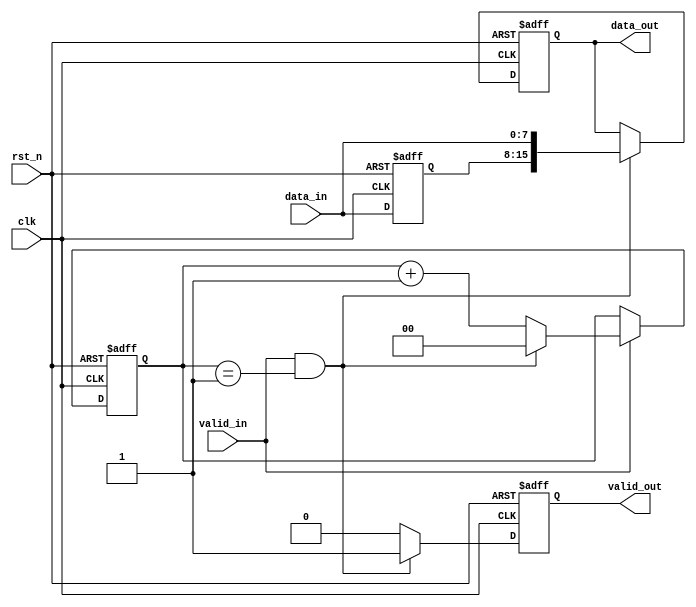
`timescale 1ns/1ns

module width_8to16(
	input 				   clk 		,   
	input 				   rst_n		,
	input				      valid_in	,
	input	   [7:0]		   data_in	,
 
 	output	reg			valid_out,
	output   reg [15:0]	data_out
);

wire add_cnt;
wire end_cnt;
reg [1:0] cnt;
                    
always @(posedge clk or negedge rst_n)begin
    if(!rst_n)begin
        cnt <= 0;
    end
    else if(add_cnt)begin
        if(end_cnt)
            cnt <= 0;
        else
            cnt <= cnt + 1;
    end
end
                    
assign add_cnt = valid_in;  
assign end_cnt = add_cnt && cnt== 1; 

always  @(posedge clk or negedge rst_n)begin
    if(rst_n==1'b0)begin
        valid_out <= 0;
    end
    else if(end_cnt)begin
        valid_out <= 1;
    end
    else begin
        valid_out <= 0;
    end
end

reg [15:0] tmp;
always  @(posedge clk or negedge rst_n)begin
    if(rst_n==1'b0)begin
        tmp <= 0;
    end
    else begin
        tmp <= {tmp[7:0],data_in};
    end
end

always  @(posedge clk or negedge rst_n)begin
    if(rst_n==1'b0)begin
        data_out <= 0;
    end
    else if(end_cnt)begin
        data_out <= {tmp[7:0],data_in};
    end
end
endmodule